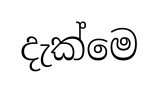
දැක්මෙ